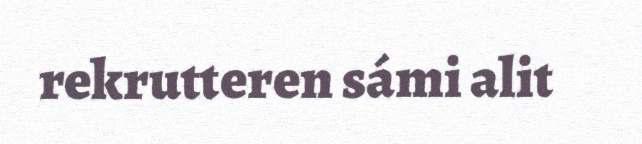
rekrutteren sámi alit